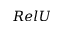
R e l U